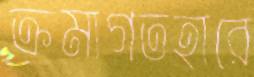
ক্রমাগতহারে